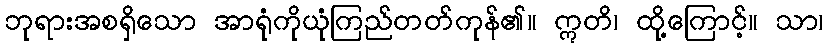
ဘုရားအစရှိသော အာရုံကိုယုံကြည်တတ်ကုန်၏။ ဣတိ၊ ထို့ကြောင့်။ သာ၊